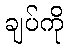
ချပ်ကို